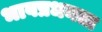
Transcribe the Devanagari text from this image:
भावप्रधनता